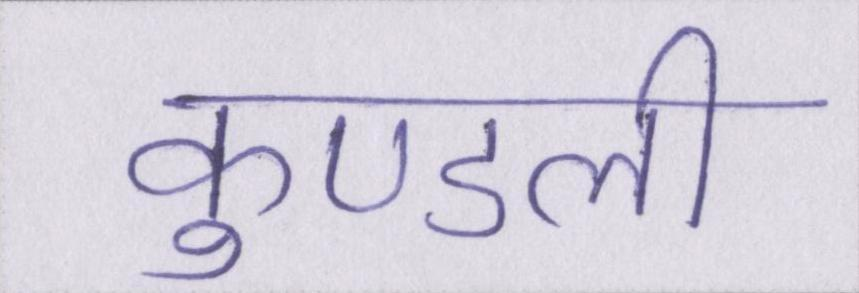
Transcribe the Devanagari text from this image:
कुण्डली